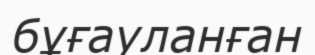
бұғауланған